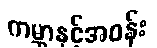
ကမ္ဘာနှင့်အဝန်း